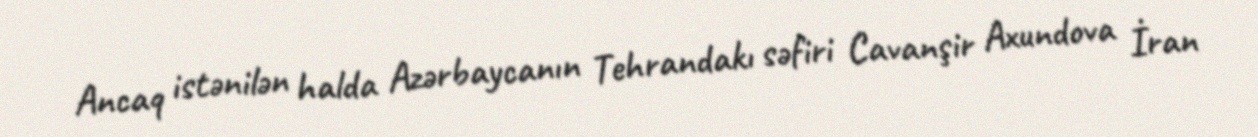
Ancaq istənilən halda Azərbaycanın Tehrandakı səfiri Cavanşir Axundova İran